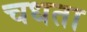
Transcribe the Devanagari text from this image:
चधता